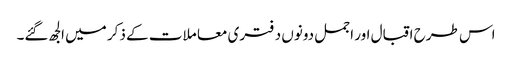
اس طرح اقبال اور اجمل دونوں د فتری معا ملات کے ذکر میں الجھ گئے۔